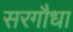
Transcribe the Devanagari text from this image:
सरगौधा